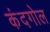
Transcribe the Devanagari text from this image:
कंदगोल